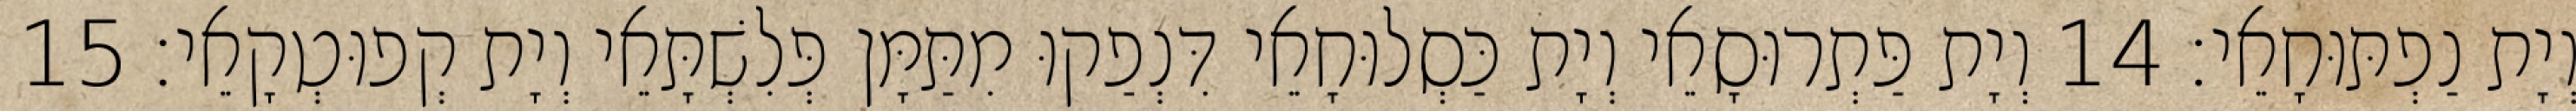
וְיָת נַפְתּוּחָאֵי׃ 14 וְיָת פַּתְרוּסָאֵי וְיָת כַּסְלוּחָאֵי דִּנְפַקוּ מִתַּמָּן פְּלִשְׁתָּאֵי וְיָת קְפוּטְקָאֵי׃ 15